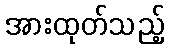
အားထုတ်သည့်